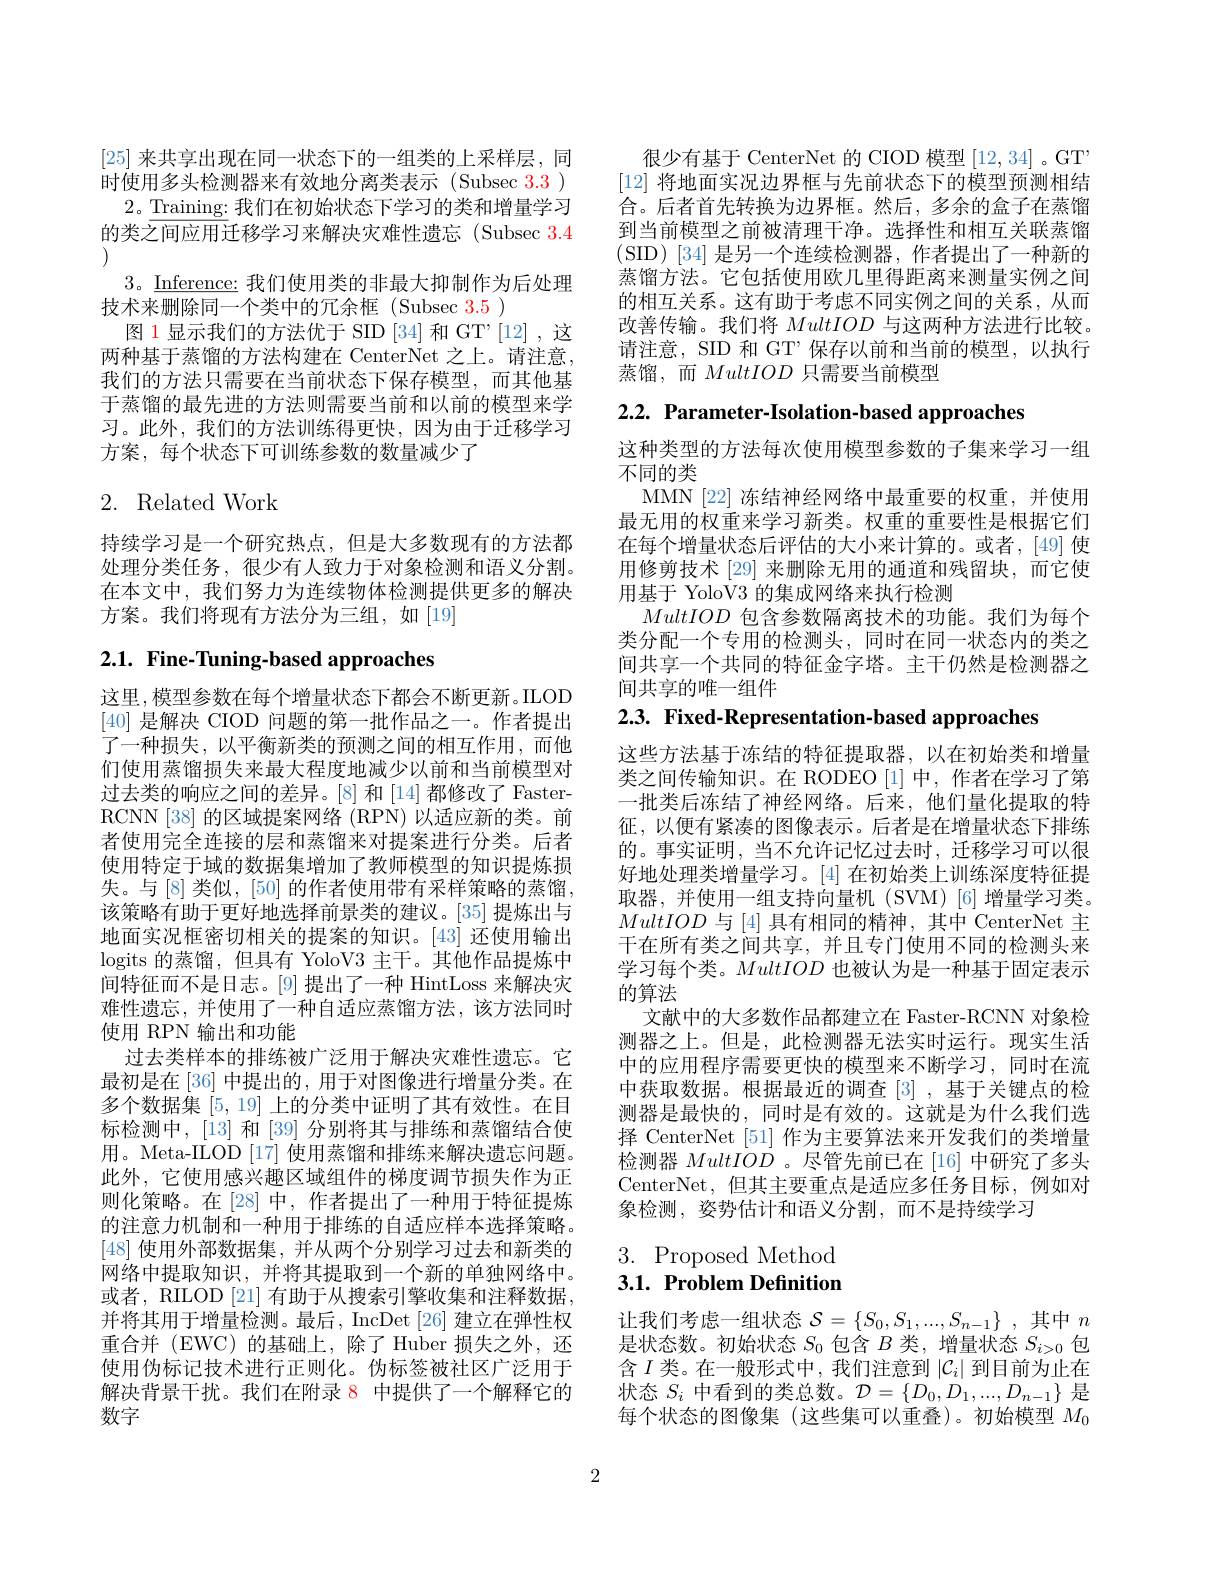
[25]来共享出现在同一状态下的一组类的上采样层，同时使用多头检测器来有效地分离类表示(Subsec 3.3)
2。Training: 我们在初始状态下学习的类和增量学习的类之间应用迁移学习来解决灾难性遗忘(Subsec 3.4
$3。\underline{\text{Inference: 我们使用类的非最大抑制作为后处理}}$
技术来删除同一个类中的冗余框 (Subsec 3.5 )
图 1 显示我们的方法优于 SID [34] 和 GT'[12] ,这两种基于蒸馏的方法构建在 CenterNet 之上。请注意， 我们的方法只需要在当前状态下保存模型，而其他基于蒸馏的最先进的方法则需要当前和以前的模型来学习。此外，我们的方法训练得更快，因为由于迁移学习方案，每个状态下可训练参数的数量减少了

## 2. Related Work

持续学习是一个研究热点，但是大多数现有的方法都处理分类任务，很少有人致力于对象检测和语义分割。在本文中，我们努力为连续物体检测提供更多的解决方案。我们将现有方法分为三组，如[19]

# 2.1. Fine-Tuning-based approaches

这里，模型参数在每个增量状态下都会不断更新。ILOD [40]是解决 CIOD 问题的第一批作品之一。作者提出了一种损失，以平衡新类的预测之间的相互作用，而他们使用蒸馏损失来最大程度地减少以前和当前模型对过去类的响应之间的差异。[8] 和[14]都修改了 FasterRCNN [38] 的区域提案网络 (RPN) 以适应新的类。前者使用完全连接的层和蒸馏来对提案进行分类。后者使用特定于域的数据集增加了教师模型的知识提炼损失。与[8]类似，[50]的作者使用带有采样策略的蒸馏， 该策略有助于更好地选择前景类的建议。|35|提炼出与地面实况框密切相关的提案的知识。[43] 还使用输出logits 的蒸馏，但具有 YoloV3 主干。其他作品提炼中间特征而不是日志。[9]提出了一种 HintLoss 来解决灾难性遗忘，并使用了一种自适应蒸馏方法，该方法同时使用 RPN 输出和功能
过去类样本的排练被广泛用于解决灾难性遗忘。它最初是在 [36] 中提出的，用于对图像进行增量分类。在多个数据集[5,19]上的分类中证明了其有效性。在目标检测中，[13] 和[39] 分别将其与排练和蒸馏结合使用。Meta-ILOD [17] 使用蒸馏和排练来解决遗忘问题。此外，它使用感兴趣区域组件的梯度调节损失作为正则化策略。在[28]中，作者提出了一种用于特征提炼的注意力机制和一种用于排练的自适应样本选择策略。[48]使用外部数据集，并从两个分别学习过去和新类的网络中提取知识，并将其提取到一个新的单独网络中。或者，RILOD [21] 有助于从搜索引擎收集和注释数据， 并将其用于增量检测。最后，IncDet [26] 建立在弹性权重合并 (EWC)的基础上，除了 Huber 损失之外，还使用伪标记技术进行正则化。伪标签被社区广泛用于解决背景干扰。我们在附录 8 中提供了一个解释它的数字

很少有基于 CenterNet 的 CIOD 模型 [12,34] 。GT [12]将地面实况边界框与先前状态下的模型预测相结合。后者首先转换为边界框。然后，多余的盒子在蒸馏到当前模型之前被清理干净。选择性和相互关联蒸馏(SID)[34]是另一个连续检测器，作者提出了一种新的蒸馏方法。它包括使用欧几里得距离来测量实例之间的相互关系。这有助于考虑不同实例之间的关系，从而改善传输。我们将MultIOD与这两种方法进行比较。请注意，SID 和 GT”保存以前和当前的模型，以执行蒸馏，而MultIOD只需要当前模型

2.2. Parameter-Isolation-based approaches

这种类型的方法每次使用模型参数的子集来学习一组
不同的类
MMN[22] 冻结神经网络中最重要的权重，并使用最无用的权重来学习新类。权重的重要性是根据它们在每个增量状态后评估的大小来计算的。或者，[49] 使用修剪技术 [29] 来删除无用的通道和残留块，而它使用基于 YoloV3 的集成网络来执行检测
MultIOD包含参数隔离技术的功能。我们为每个类分配一个专用的检测头，同时在同一状态内的类之间共享一个共同的特征金字塔。主干仍然是检测器之间共享的唯一组件

2.3. Fixed-Representation-based approaches

这些方法基于冻结的特征提取器，以在初始类和增量类之间传输知识。在 RODEO[1]中，作者在学习了第一批类后冻结了神经网络。后来，他们量化提取的特征，以便有紧凑的图像表示。后者是在增量状态下排练的。事实证明，当不允许记忆过去时，迁移学习可以很好地处理类增量学习。[4] 在初始类上训练深度特征提取器，并使用一组支持向量机(SVM)[6]增量学习类。MultIOD与 [4] 具有相同的精神，其中 CenterNet 主干在所有类之间共享，并且专门使用不同的检测头来学习每个类。MultIOD也被认为是一种基于固定表示的算法
文献中的大多数作品都建立在 Faster-RCNN 对象检测器之上。但是，此检测器无法实时运行。现实生活中的应用程序需要更快的模型来不断学习，同时在流中获取数据。根据最近的调查[3] ,基于关键点的检测器是最快的，同时是有效的。这就是为什么我们选择 CenterNet [51] 作为主要算法来开发我们的类增量检测器MultIOD 。尽管先前已在 [16]中研究了多头CenterNet,但其主要重点是适应多任务目标，例如对象检测，姿势估计和语义分割，而不是持续学习

# 3. Proposed Method 3.1. Problem Definition

让我们考虑一组状态$\mathcal{S} = \{ S_0, S_1, . . . , S_{n- 1}\}$ ,其中$n$ 是状态数。初始状态$S_0$包含$B$类，增量状态$S_i>0$包含$I$类。在一般形式中，我们注意到$|\mathcal{C}_i|$到目前为止在状态$S_i$中看到的类总数。$\mathcal{D}=\{D_0,D_1,...,D_{n-1}\}$是每个状态的图像集(这些集可以重叠)。初始模型$M_0$

2